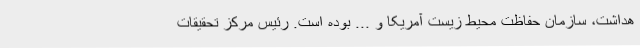
هداشت، سازمان حفاظت محیط زیست آمریکا و ... بوده است. رئیس مرکز تحقیقات